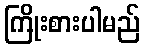
ကြိုးစားပါမည်